Report of the Indian Hemp Drugs Commission, 1894-1895 - Volume V
Year: 1894
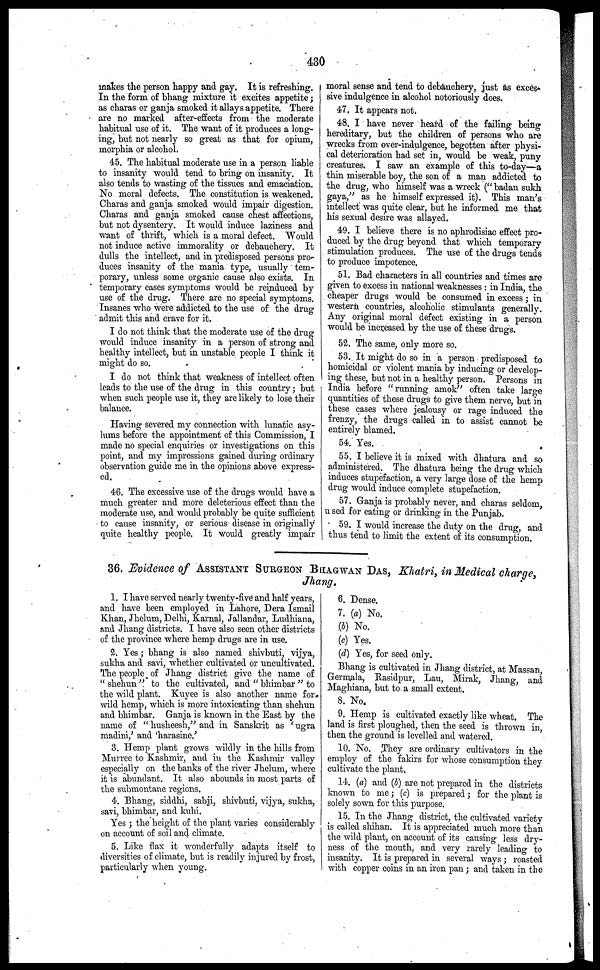
430
makes the person happy and gay. It is refreshing.
In the form of bhang mixture it excites appetite;
as charas or ganja smoked it allays appetite. There
are no marked after-effects from the moderate
habitual use of it. The want of it produces a long-
ing, but not nearly so great as that for opium,
morphia or alcohol.
45. The habitual moderate use in a person liable
to insanity would tend to bring on insanity. It
also tends to wasting of the tissues and emaciation.
No moral defects. The constitution is weakened.
Charas and ganja smoked would impair digestion.
Charas and ganja smoked cause chest affections,
but not dysentery. It would induce laziness and
want of thrift, which is a moral defect. Would
not induce active immorality or debauchery. It
dulls the intellect, and in predisposed persons pro-
duces insanity of the mania type, usually tem-
porary, unless some organic cause also exists. In
temporary cases symptoms would be reinduced by
use of the drug. There are no special symptoms.
Insanes who were addicted to the use of the drug
admit this and crave for it.
I do not think that the moderate use of the drug
would induce insanity in a person of strong and
healthy intellect, but in unstable people I think it
might do so.
I do not think that weakness of intellect often
leads to the use of the drug in this country; but
when such people use it, they are likely to lose their
balance.
Having severed my connection with lunatic asy-
lums before the appointment of this Commission, I
made no special enquiries or investigations on this
point, and my impressions gained during ordinary
observation guide me in the opinions above express-
ed.
46. The excessive use of the drugs would have a
much greater and more deleterious effect than the
moderate use, and would probably be quite sufficient
to cause insanity, or serious disease in originally
quite healthy people. It would greatly impair
moral sense and tend to debauchery, just as exces-
sive indulgence in alcohol notoriously does.
47. It appears not.
48. I have never heard of the failing being
hereditary, but the children of persons who are
wrecks from over-indulgence, begotten after physi-
cal deterioration had set in, would be weak, puny
creatures. I saw an example of this to-day—a
thin miserable boy, the son of a man addicted to
the drug, who himself was a wreck (" badan sukh
gaya," as he himself expressed it). This man's
intellect was quite clear, but he informed me that
his sexual desire was allayed.
49. I believe there is no aphrodisiac effect pro-
duced by the drug beyond that which temporary
stimulation produces. The use of the drugs tends
to produce impotence.
51. Bad characters in all countries and times are
given to excess in national weaknesses : in India, the
cheaper drugs would be consumed in excess; in
western countries, alcoholic stimulants generally.
Any original moral defect existing in a person
would be increased by the use of these drugs.
52. The same, only more so.
53. It might do so in a person predisposed to
homicidal or violent mania by inducing or develop-
ing these, but not in a healthy person. Persons in
India before "running amok" often take large
quantities of these drugs to give them nerve, but in
these cases where jealousy or rage induced the
frenzy, the drugs called in to assist cannot be
entirely blamed.
54. Yes.
55. I believe it is mixed with dhatura and so
administered. The dhatura being the drug which
induces stupefaction, a very large dose of the hemp
drug would induce complete stupefaction.
57. Ganja is probably never, and charas seldom,
used for eating or drinking in the Punjab.
59. I would increase the duty on the drug, and
thus tend to limit the extent of its consumption.
36. Evidence of ASSISTANT SURGEON BHAGWAN DAS, Khatri, in Medical charge,
Jhang.
1. I have served nearly twenty-five and half years,
and have been employed in Lahore, Dera Ismail
Khan, Jhelum, Delhi, Karnal, Jallandar, Ludhiana,
and Jhang districts. I have also seen other districts
of the province where hemp drugs are in use.
2. Yes; bhang is also named shivbuti, vijya,
sukha and savi, whether cultivated or uncultivated.
The people of Jhang district give the name of
" shehun " to the cultivated, and " bhimbar " to
the wild plant. Kuyee is also another name for
wild hemp, which is more intoxicating than shehun
and bhimbar. Ganja is known in the East by the
name of " husheesh" and in Sanskrit as ' ugra
madini,' and 'harasine.'
3. Hemp plant grows wildly in the hills from
Murree to Kashmir, and in the Kashmir valley
especially on the banks of the river Jhelum, where
it is abundant. It also abounds in most parts of
the submontane regions.
4. Bhang, siddhi, sabji, shivbuti, vijya, sukha,
savi, bhimbar, and kuhi.
Yes ; the height of the plant varies considerably
on account of soil and climate.
5. Like flax it wonderfully adapts itself to
diversities of climate, but is readily injured by frost,
particularly when young.
6. Dense.
7. (a) No.
(b) No.
(c) Yes.
(d) Yes, for seed only.
Bhang is cultivated in Jhang district, at Massan,
Germala, Rasidpur, Lau, Mirak, Jhang, and
Maghiana, but to a small extent.
8. No.
9. Hemp is cultivated exactly like wheat. The
land is first ploughed, then the seed is thrown in,
then the ground is levelled and watered.
10. No. They are ordinary cultivators in the
employ of the fakirs for whose consumption they
cultivate the plant.
14. (a) and (b) are not prepared in the districts
known to me; (c) is prepared; for the plant is
solely sown for this purpose.
15. In the Jhang district, the cultivated variety
is called shihan. It is appreciated much more than
the wild plant, on account of its causing less dry-
ness of the mouth, and very rarely leading to
insanity. It is prepared in several ways ; roasted
with copper coins in an iron pan ; and taken in the